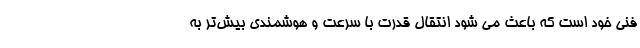
فنی خود است که باعث می شود انتقال قدرت با سرعت و هوشمندی بیش‌تر به